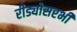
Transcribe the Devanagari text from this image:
रीड्योसरभी